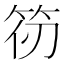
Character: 𮅄